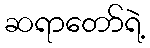
ဆရာတော်ရဲ့